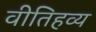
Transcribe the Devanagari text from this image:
वीतिहव्य